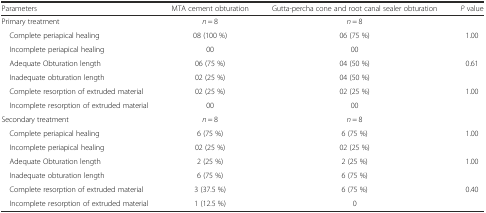
<table><thead><tr><td><b>Parameters</b></td><td><b>MTA cement obturation</b></td><td><b>Gutta-percha cone and root canal sealer obturation</b></td><td><b><i>P</i> value</b></td></tr></thead><tbody><tr><td>Primary treatment</td><td><i>n</i> = 8</td><td><i>n</i> = 8</td><td>[EMPTY_CELL]</td></tr><tr><td> Complete periapical healing</td><td>08 (100 %)</td><td>06 (75 %)</td><td rowspan="2">1.00</td></tr><tr><td> Incomplete periapical healing</td><td>00</td><td>00</td></tr><tr><td> Adequate Obturation length</td><td>06 (75 %)</td><td>04 (50 %)</td><td rowspan="2">0.61</td></tr><tr><td> Inadequate obturation length</td><td>02 (25 %)</td><td>04 (50 %)</td></tr><tr><td> Complete resorption of extruded material</td><td>02 (25 %)</td><td>02 (25 %)</td><td rowspan="2">1.00</td></tr><tr><td> Incomplete resorption of extruded material</td><td>00</td><td>00</td></tr><tr><td>Secondary treatment</td><td><i>n</i> = 8</td><td><i>n</i> = 8</td><td>[EMPTY_CELL]</td></tr><tr><td> Complete periapical healing</td><td>6 (75 %)</td><td>6 (75 %)</td><td rowspan="2">1.00</td></tr><tr><td> Incomplete periapical healing</td><td>02 (25 %)</td><td>02 (25 %)</td></tr><tr><td> Adequate Obturation length</td><td>2 (25 %)</td><td>2 (25 %)</td><td rowspan="2">1.00</td></tr><tr><td> Inadequate obturation length</td><td>6 (75 %)</td><td>6 (75 %)</td></tr><tr><td> Complete resorption of extruded material</td><td>3 (37.5 %)</td><td>6 (75 %)</td><td rowspan="2">0.40</td></tr><tr><td> Incomplete resorption of extruded material</td><td>1 (12.5 %)</td><td>0</td></tr></tbody></table>